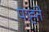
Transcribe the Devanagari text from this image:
पाह्ते